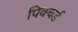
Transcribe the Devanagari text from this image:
पिक्चर्ड